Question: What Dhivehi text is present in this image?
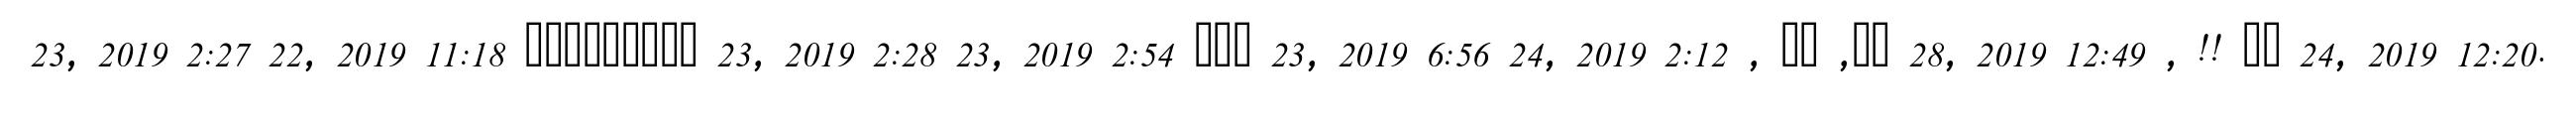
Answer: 23, 2019 2:27 22, 2019 11:18 ????????? 23, 2019 2:28 23, 2019 2:54 ??? 23, 2019 6:56 24, 2019 2:12 , ?? ,?? 28, 2019 12:49 , !! ?? 24, 2019 12:20.